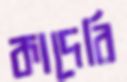
কাদেরি